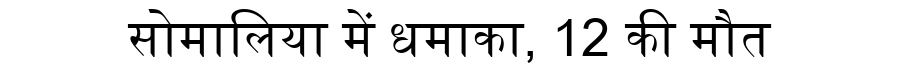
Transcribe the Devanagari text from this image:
सोमालिया में धमाका, 12 की मौत